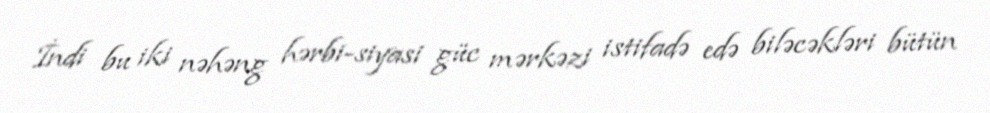
İndi bu iki nəhəng hərbi-siyasi güc mərkəzi istifadə edə biləcəkləri bütün